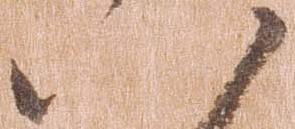
八